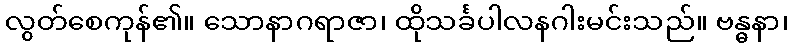
လွတ်စေကုန်၏။ သောနာဂရာဇာ၊ ထိုသင်္ခပါလနဂါးမင်းသည်။ ဗန္ဓနာ၊